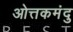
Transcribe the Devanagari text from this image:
ओत्तकमंदु